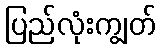
ပြည်လုံးကျွတ်